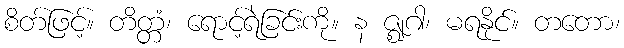
စိတ်ဖြင့်။ တိတ္တံ၊ ရောင့်ရဲခြင်းကို။ န ဇ္ဈဂါ၊ မရနိုင်။ တတော၊